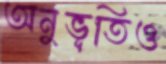
অনুভূতিও